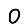
Digit: 0